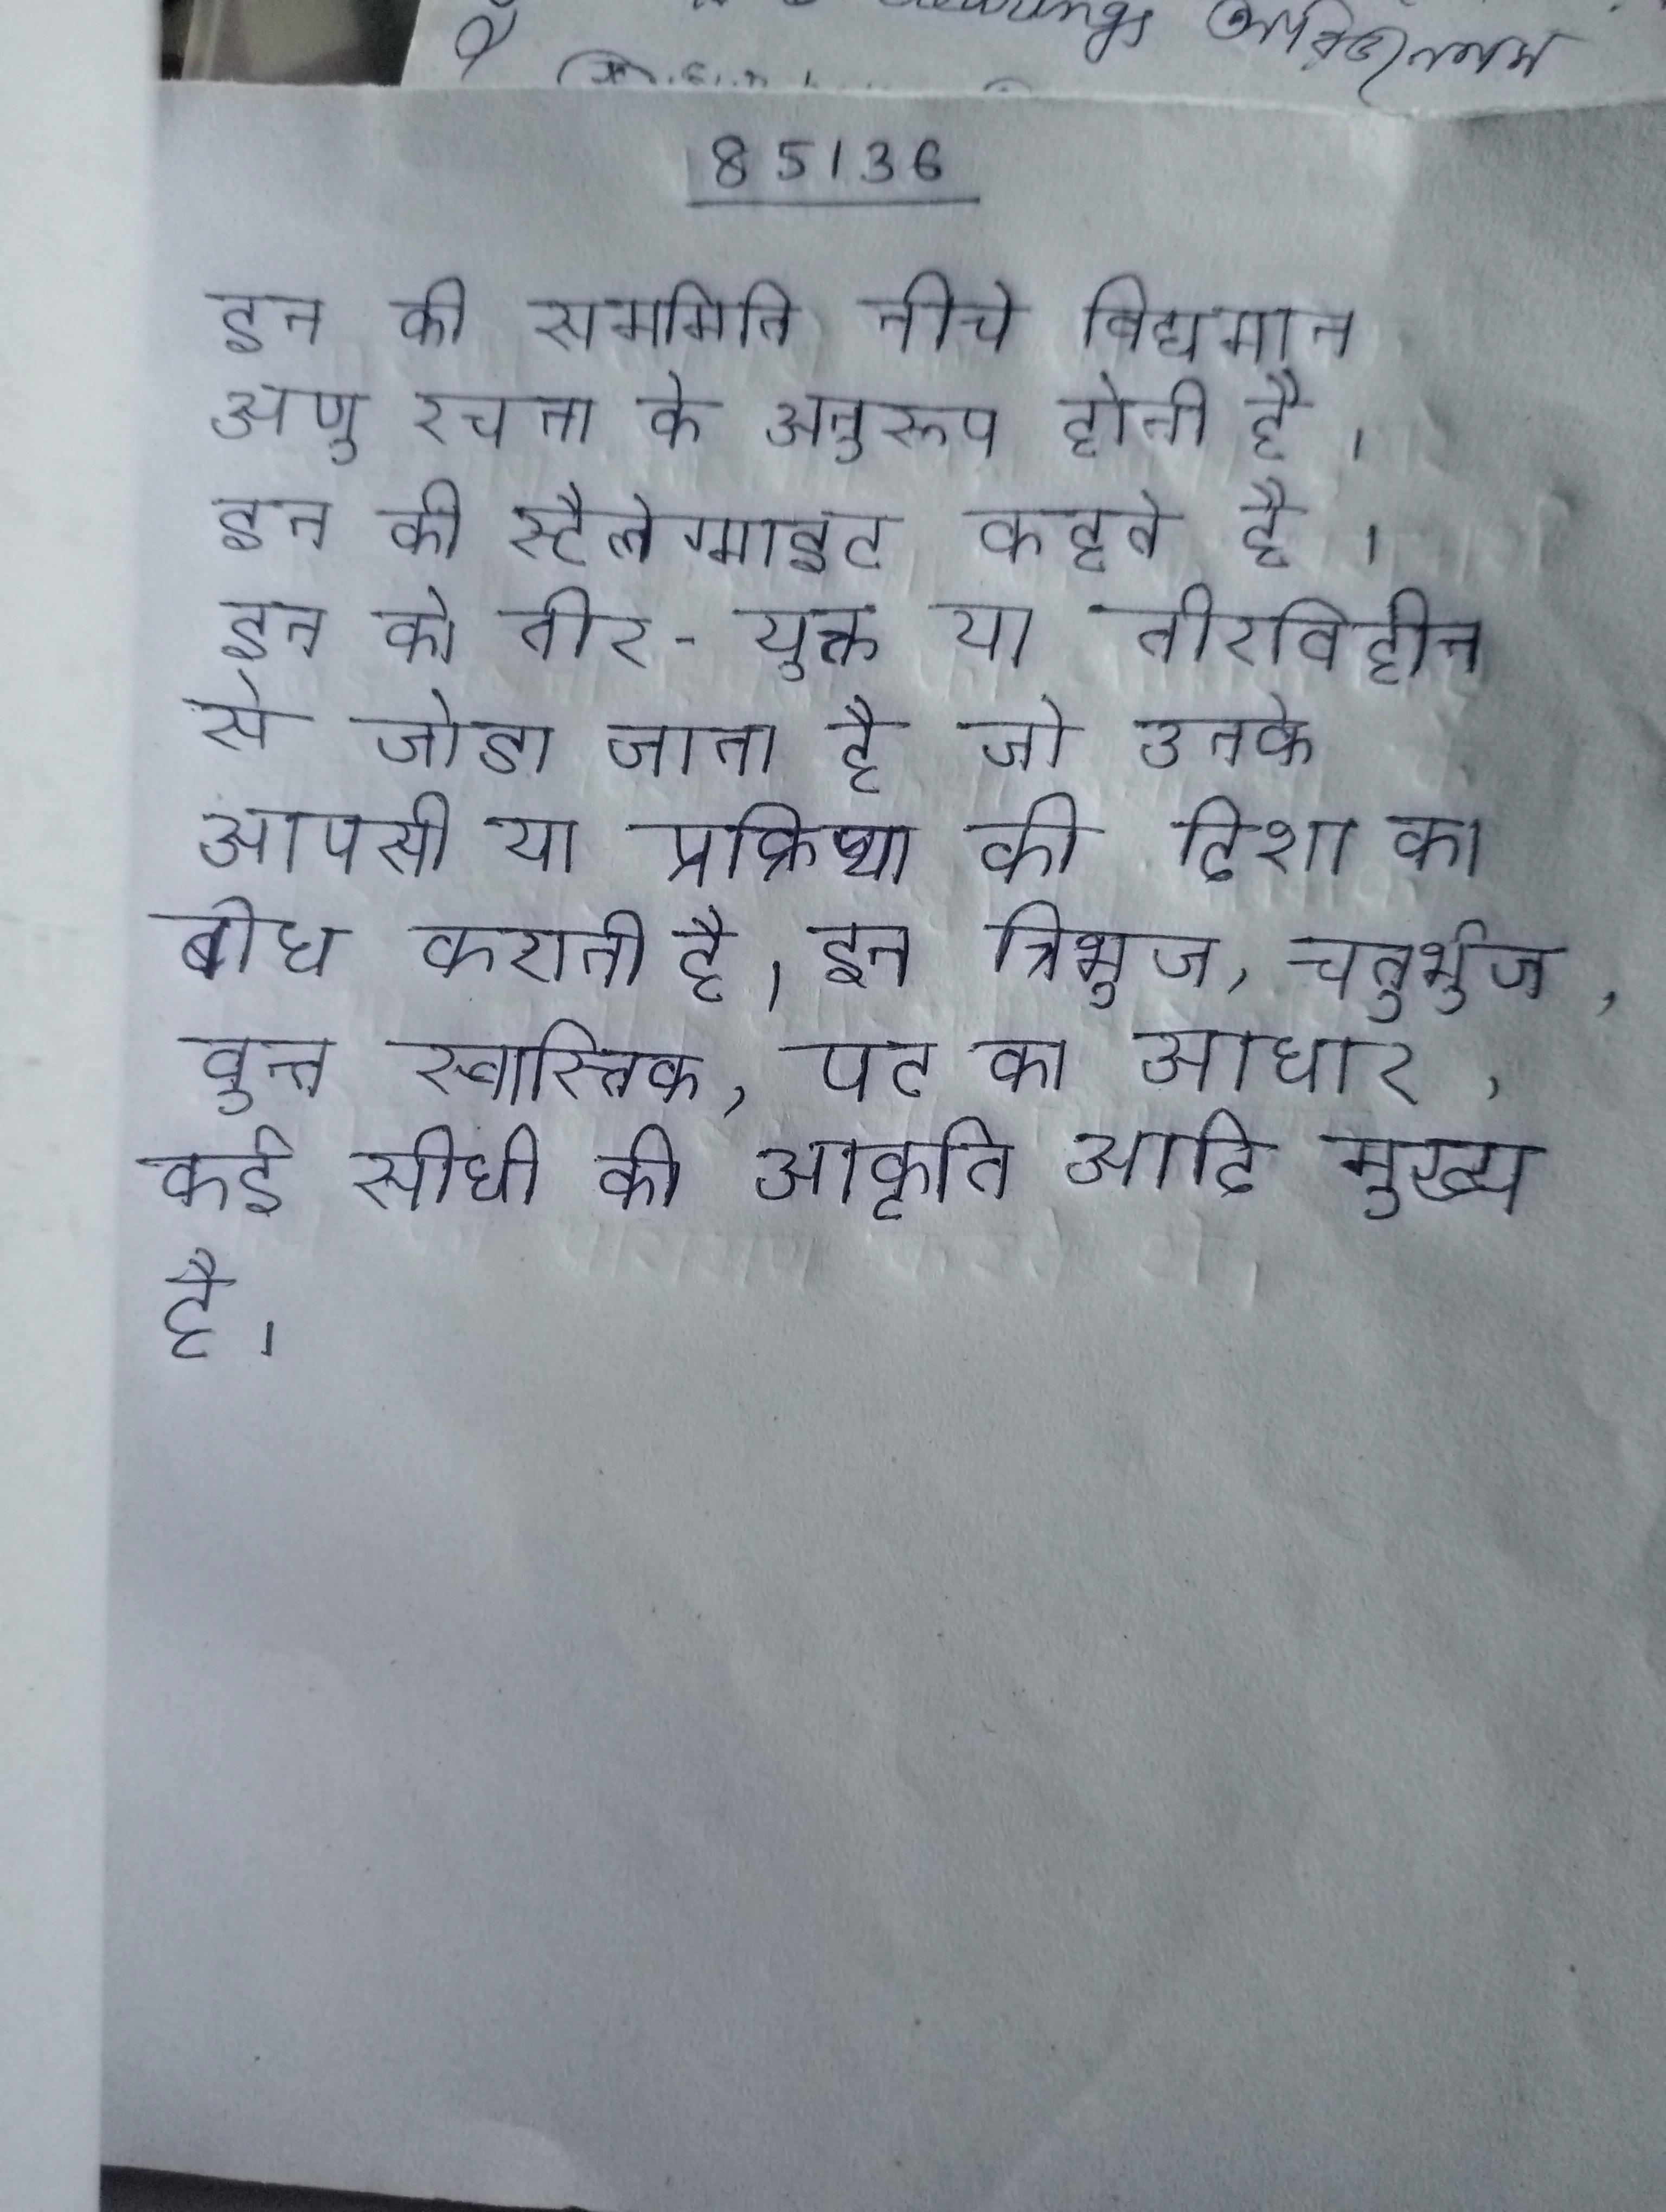
इन की सममिति नीचे विद्यमान अणु रचना के अनुरूप होती है । इन की स्टैलेग्माइट कहते है । इन को तीर-युक्त या तीरविहीन से जोडा जाता है जो उनके आपसी या प्रक्रिया की दिशा का बोध कराती है । इन त्रिभुज, चतुर्भुज, वृत्त, स्वास्तिक, पट का आधार, कई सीधी की आकृति आदि मुख्य है ।